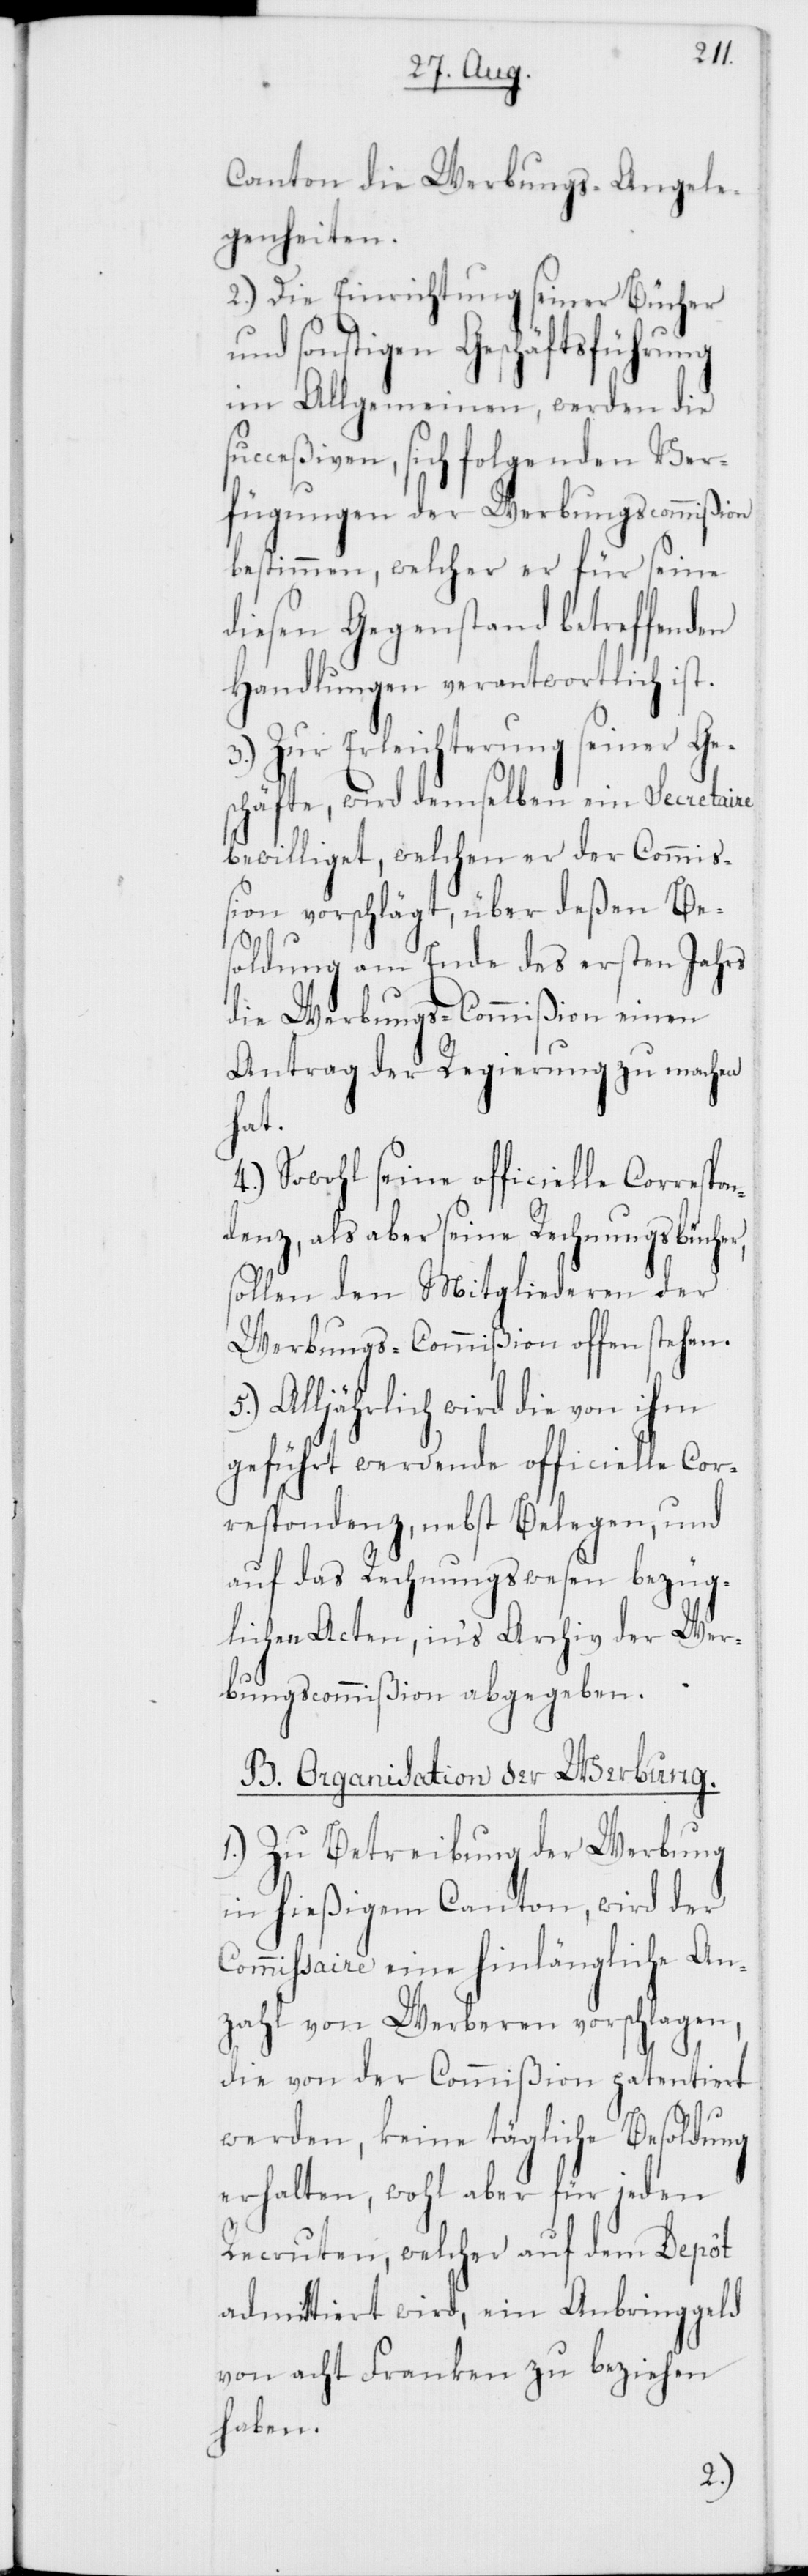
s¬
Canton die Werbungs-Angele¬
genheiten.
2.) Die Einrichtung seiner Bücher
und sonstigen Geschäftsführung
im Allgemeinen, werden die
ucceßiven, sich folgenden Ver¬
fügungen der Werbungscommißion
bestimmen, welcher er für seine
diesen Gegenstand betreffenden
Handlungen verantwortlich ist.
3.) Zur Erleichterung seiner Ge¬
schäfte, wird demselben ein Secretaire
bewilliget, welchen er der Commiß¬
ion vorschlägt, über deßen Be¬
soldung am Ende des ersten Jahrs
die Werbungs-Commißion einen
Antrag der Regierung zu machen
hat.
4.) Sowohl seine officielle Correspo¬
ndenz, als aber seine Rechnungsbücher,
sollen den Mitgliederen der
Werbungs-Commißion offen stehen.
5.) Alljährlich wird die von ihm
geführt werdende officielle Cor¬
respondenz, nebst Belegen, und
auf das Rechnungswesen bezüg¬
lichen Acten, ins Archiv der Wer¬
bungscommißion abgegeben.
B. Organisation der Werbung.
1.) Zu Betreibung der Werbung
in hießigem Canton, wird der
Commissaire eine hinlängliche An¬
zahl von Werberen vorschlagen,
die von der Commißion patentiert
werden, keine tägliche Besoldung
erhalten, wohl aber für jeden
Recruten, welcher auf dem Depôt
admittiert wird, ein Anbringgeld
von acht Franken zu beziehen
haben.